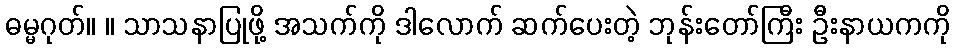
ဓမ္မဂုတ်။ ။ သာသနာပြုဖို့ အသက်ကို ဒါလောက် ဆက်ပေးတဲ့ ဘုန်းတော်ကြီး ဦးနာယကကို